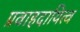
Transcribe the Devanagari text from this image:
प्रवाहदायित्व